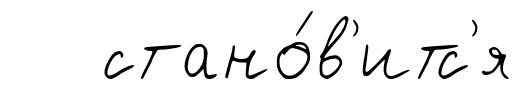
стано́в'итс'я